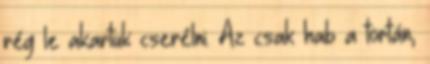
rég le akartuk cserélni. Az csak hab a tortán,